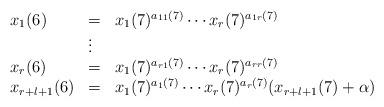
LaTeX: \begin{align*}\begin{array}{lll}x_1(6)&=& x_1(7)^{a_{11}(7)}\cdots x_r(7)^{a_{1r}(7)}\\&\vdots&\\x_r(6)&=& x_1(7)^{a_{r1}(7)}\cdots x_r(7)^{a_{rr}(7)}\\x_{r+l+1}(6)&=& x_1(7)^{a_{1}(7)}\cdots x_r(7)^{a_r(7)}(x_{r+l+1}(7)+\alpha)\end{array}\end{align*}